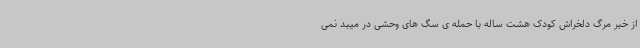
از خبر مرگ دلخراش کودک هشت ساله با حمله ی سگ های وحشی در میبد نمی